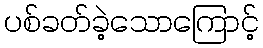
ပစ်ခတ်ခဲ့သောကြောင့်